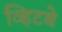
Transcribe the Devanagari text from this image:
व्हिटबे